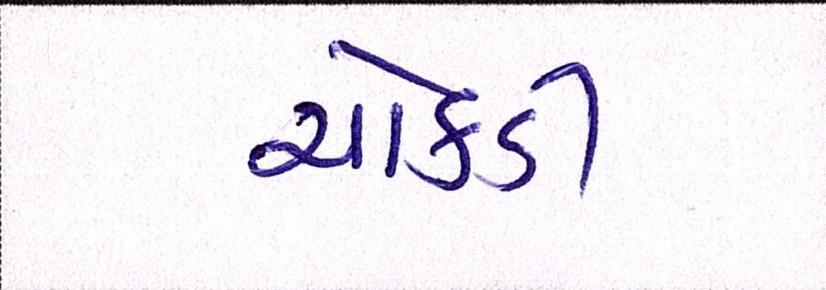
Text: ચોકડી